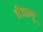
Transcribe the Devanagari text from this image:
बीजाणू